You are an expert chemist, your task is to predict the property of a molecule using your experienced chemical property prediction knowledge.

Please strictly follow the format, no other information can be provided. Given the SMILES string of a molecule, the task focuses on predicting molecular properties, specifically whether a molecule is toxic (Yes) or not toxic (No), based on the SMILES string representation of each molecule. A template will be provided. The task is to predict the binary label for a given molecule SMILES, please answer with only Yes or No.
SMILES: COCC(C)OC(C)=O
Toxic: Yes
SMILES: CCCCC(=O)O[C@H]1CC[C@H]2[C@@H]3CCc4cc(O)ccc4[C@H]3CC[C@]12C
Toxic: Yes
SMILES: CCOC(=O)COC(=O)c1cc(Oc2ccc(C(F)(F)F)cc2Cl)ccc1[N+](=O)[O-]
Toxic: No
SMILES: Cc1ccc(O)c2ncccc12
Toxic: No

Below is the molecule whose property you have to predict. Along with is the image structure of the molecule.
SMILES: CS(=O)(=O)NC(=O)CCC/C=C\C[C@H]1C(=O)C[C@@H](O)[C@@H]1/C=C/[C@H](O)COc1ccccc1
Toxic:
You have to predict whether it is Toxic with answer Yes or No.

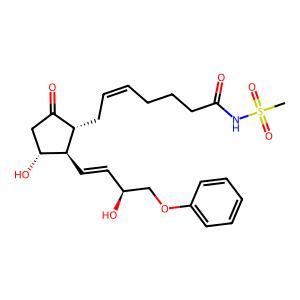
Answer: No